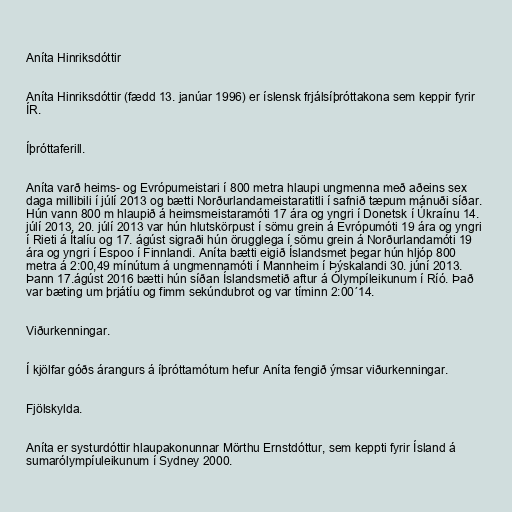
Aníta Hinriksdóttir

Aníta Hinriksdóttir (fædd 13. janúar 1996) er íslensk frjálsíþróttakona sem keppir fyrir
ÍR.

Íþróttaferill.

Aníta varð heims- og Evrópumeistari í 800 metra hlaupi ungmenna með aðeins sex
daga millibili í júlí 2013 og bætti Norðurlandameistaratitli í safnið tæpum mánuði síðar.
Hún vann 800 m hlaupið á heimsmeistaramóti 17 ára og yngri í Donetsk í Úkraínu 14.
júlí 2013, 20. júlí 2013 var hún hlutskörpust í sömu grein á Evrópumóti 19 ára og yngri
í Rieti á Ítalíu og 17. ágúst sigraði hún örugglega í sömu grein á Norðurlandamóti 19
ára og yngri í Espoo í Finnlandi. Aníta bætti eigið Íslandsmet þegar hún hljóp 800
metra á 2:00,49 mínútum á ungmennamóti í Mannheim í Þýskalandi 30. júní 2013.
Þann 17.ágúst 2016 bætti hún síðan Íslandsmetið aftur á Ólympíleikunum í Ríó. Það
var bæting um þrjátíu og fimm sekúndubrot og var tíminn 2:00´14.

Viðurkenningar.

Í kjölfar góðs árangurs á íþróttamótum hefur Aníta fengið ýmsar viðurkenningar.

Fjölskylda.

Aníta er systurdóttir hlaupakonunnar Mörthu Ernstdóttur, sem keppti fyrir Ísland á
sumarólympíuleikunum í Sydney 2000.